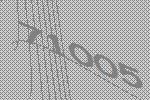
71005